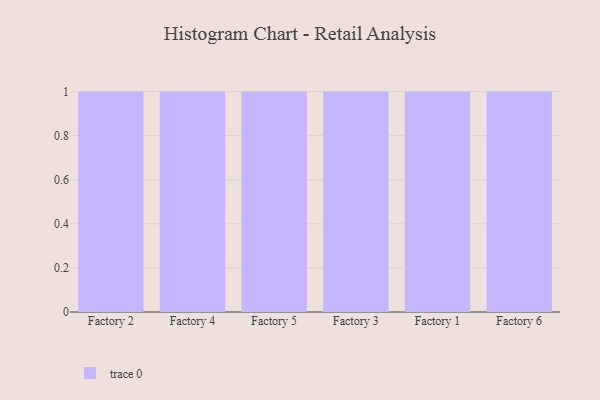
{"axis": {"x": "Factory", "y": "Website Visitors"}, "legend": [""], "data": [{"x": "Factory 2", "y": 91, "type": ""}, {"x": "Factory 4", "y": 87, "type": ""}, {"x": "Factory 5", "y": 97, "type": ""}, {"x": "Factory 3", "y": 57, "type": ""}, {"x": "Factory 1", "y": 70, "type": ""}, {"x": "Factory 6", "y": 39, "type": ""}]}